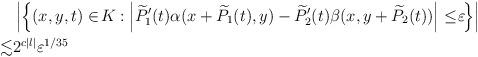
LaTeX: \begin{align*}&\left|\left\lbrace(x,y,t)\in \! K:\left|\widetilde{P}_1'(t)\alpha(x+\widetilde{P}_1(t),y)-\widetilde{P}_2'(t)\beta(x,y+\widetilde{P}_2(t))\right|\leq \! \varepsilon\!\right\rbrace\right|\\\lesssim & 2^{c|l|}\varepsilon^{1/35}\end{align*}